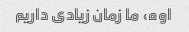
اوه، ما زمان زیادی داریم